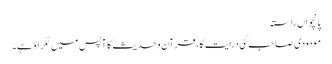
پانچواں راستہ
مودودی صاحب کی درایت کا ، قرآن و حدیث کا آپس میں ٹکراؤ ہے۔